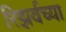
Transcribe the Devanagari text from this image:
रिझर्वच्या